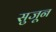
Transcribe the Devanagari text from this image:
सुजून